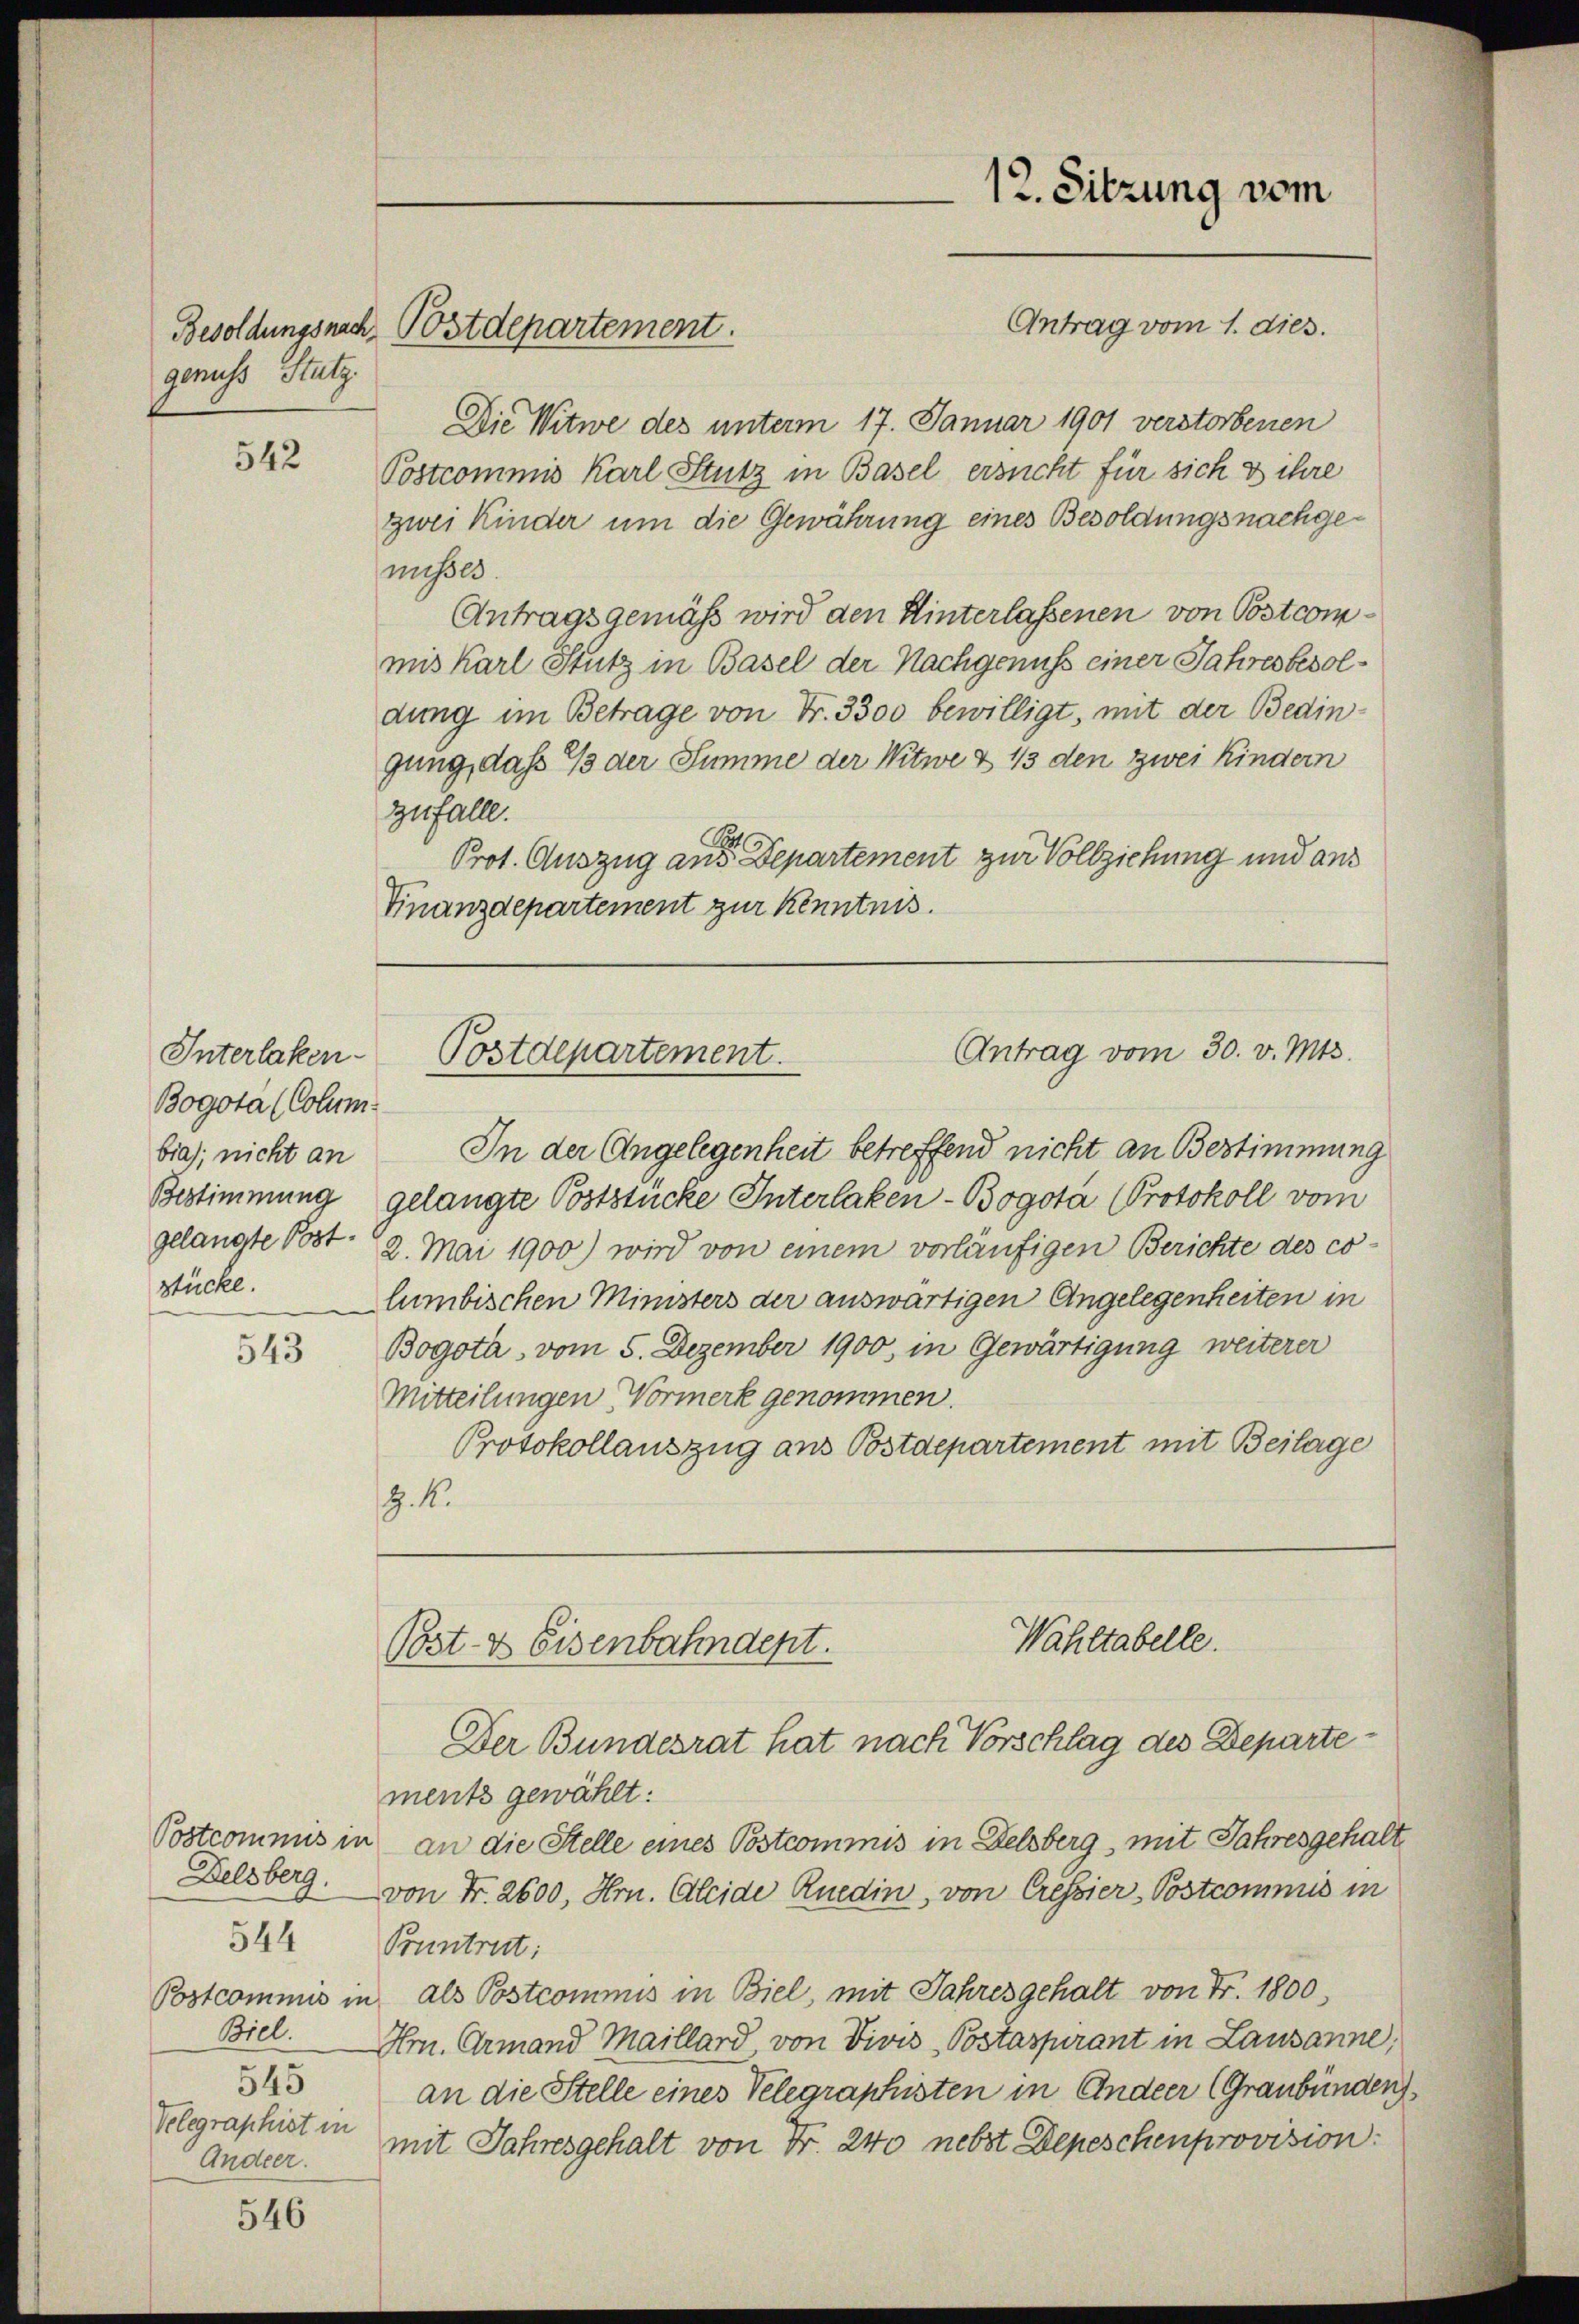
genuss Stutz

542

Interlaken.
Bogota (Colum
bia); nicht an
stücke.

543

Postcommis in
Delsberg.
544
Postcommis in
Biel.
545
Velegraphist in
Andeer.

546

Besoldungsnach, Postdepartement.

Die Witwe des unterm 17. Januar 1901 verstorbenen
Postcommis Karl Stutz in Basel ersucht für sich & ihre
zwei Kinder um die Gewährung eines Besoldungsnachgenußes
Antragsgemäß wird den Hinterlassenen von Postcommis Karl Stutz in Basel der Nachgenuss einer Jahresbesoldung im Betrage von Fr. 3300 bewilligt, mit der Bedingung, daß 13 der Summe der Witwe & 13 den zwei Kindern
Zufalle.
Prot. Auszug aus Departement zur Vollziehung und aus
Finanzdepartement zur Kenntnis.

In der Angelegenheit betreffend nicht an Bestimmung
Bestimmung gelangte Poststücke Interlaken-Bogota (Protokoll vom
gelangte Post: 2. Mai 1900) wird von einem vorläufigen Berichte des columbischen Ministers der auswärtigen Angelegenheiten in
Bogota, vom 5. Dezember 1900, in Gewärtigung weiterer
Mitteilungen Vormerk genommen.
Protokollauszug aus Postdepartement mit Beilage
Z. M.

ments gewählt:
an die Stelle eines Postcommis in Delsberg, mit Jahresgehalt
von Fr. 2600, Hrn. Kleide Ruedin, von Cressier-Postcommis in
Buntrut;
als Postcommis in Biel, mit Jahresgehalt von Fr. 1800,
Hr. Armand Maillard, von Divis Postaspirant in Lausanne,
an die Stelle eines Velegraphisten in Andeer (Graubünden
mit Jahresgehalt von Fr. 240 nebst Depeschenprovision:

Antrag vom 30. v. Mts.
Postdepartement.

Wahltabelle.
Post- & Eisenbahndept.
Der Bundesrat hat nach Vorschlag des Departe¬

12. Sitzung vom
Antrag vom 1. dies.